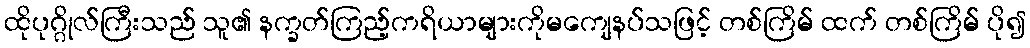
ထိုပုဂ္ဂိုလ်ကြီးသည် သူ၏ နက္ခတ်ကြည့်ကရိယာများကိုမကျေနပ်သဖြင့် တစ်ကြိမ် ထက် တစ်ကြိမ် ပို၍